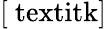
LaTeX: \mathrm{[\ textit{k}]}